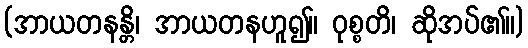
(အာယတနန္တိ၊ အာယတနဟူ၍။ ဝုစ္စတိ၊ ဆိုအပ်၏။)